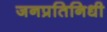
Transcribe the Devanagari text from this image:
जनप्रतिनिधी